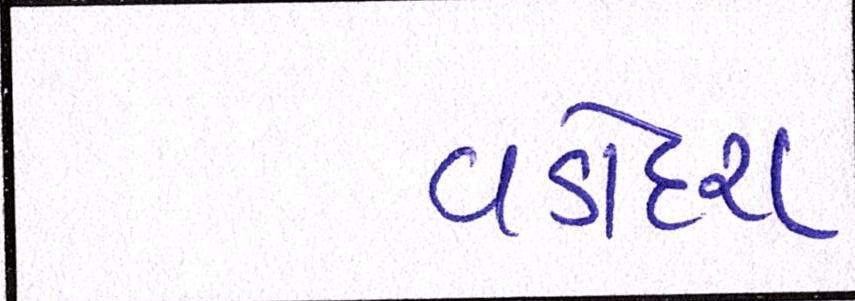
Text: વડોદરા